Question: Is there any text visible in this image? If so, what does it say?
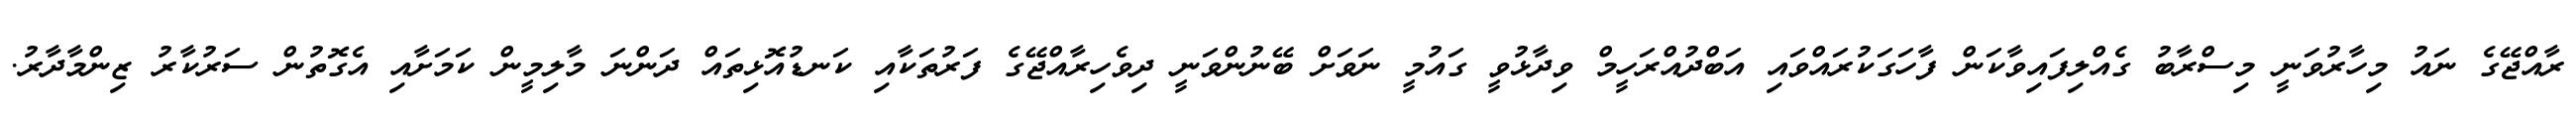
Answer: ރާއްޖޭގެ ނައު މިހާރުވަނީ މިސްރާބު ގެއްލިފައިވާކަން ފާހަގަކުރައްވައި އަބްދުއްރަހީމް ވިދާޅުވީ ގައުމީ ނަވަށް ބޭނުންވަނީ ދިވެހިރާއްޖޭގެ ފަރުތަކާއި ކަނޑުއޮޅިތައް ދަންނަ މާލިމީން ކަމަށާއި އެގޮތުން ސަރުކާރު ޒިންމާދާރު.